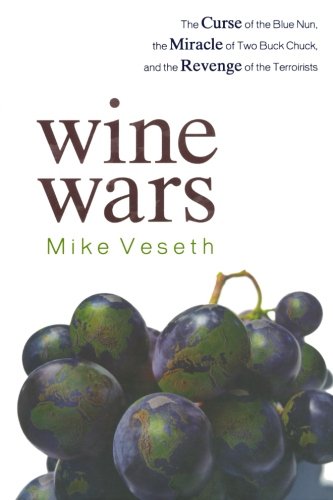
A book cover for Wine Wars: The Curse of the Blue Nun, the Miracle of Two Buck Chuck, and the Revenge of the Terroirists; Mike Veseth; Cookbooks, Food & Wine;